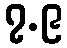
၇.၉